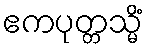
ဧကပုတ္တသ္မိံ